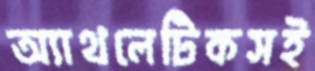
অ্যাথলেটিকসই